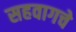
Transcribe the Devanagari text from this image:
सहवागचे